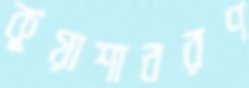
কুয়াশাবরণ